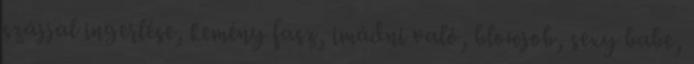
szájjal ingerlése, kemény fasz, imádni való, blowjob, sexy babe,